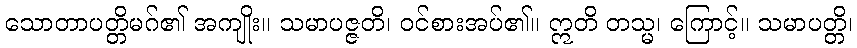
သောတာပတ္တိမဂ်၏ အကျိုး။ သမာပဇ္ဇတိ၊ ဝင်စားအပ်၏။ ဣတိ တသ္မ၊ ကြောင့်။ သမာပတ္တိ၊